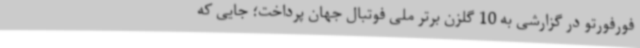
فورفورتو در گزارشی به 10 گلزن برتر ملی فوتبال جهان پرداخت؛ جایی که